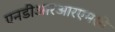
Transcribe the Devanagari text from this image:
एनडीआरआरएमसी